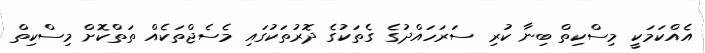
އެއްކަމަކީ މިސްކިތް ބިނާ ކުރި ސަރަހައްދުގެ ގެތަކުގެ ދޮރުތަކުގައި މެސެޖްތަކެއް ތަތްކޮށް މިސްކިތް